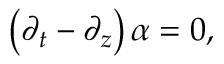
\left( \partial _ { t } - \partial _ { z } \right) \alpha = 0 ,